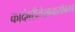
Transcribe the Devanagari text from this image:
कादंबरीलेखनासोबतच